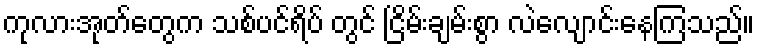
ကုလားအုတ်တွေက သစ်ပင်ရိပ် တွင် ငြိမ်းချမ်းစွာ လဲလျောင်းနေကြသည်။